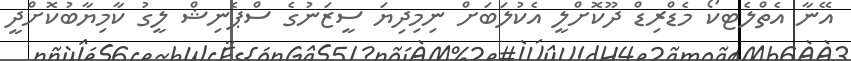
އޭނާ އެތްލެޓކޯ މެޑްރިޑް ދޫކޮށްލީ އެކުލަަބަށް ނިމިދިޔަ ސީޒަނުގެ ސްޕެނިޝް ލީގު ކާމިޔާބުކޮށްދީ